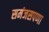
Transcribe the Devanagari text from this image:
समंजसपणा